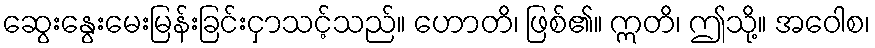
ဆွေးနွေးမေးမြန်းခြင်းငှာသင့်သည်။ ဟောတိ၊ ဖြစ်၏။ ဣတိ၊ ဤသို့။ အဝေါစ၊